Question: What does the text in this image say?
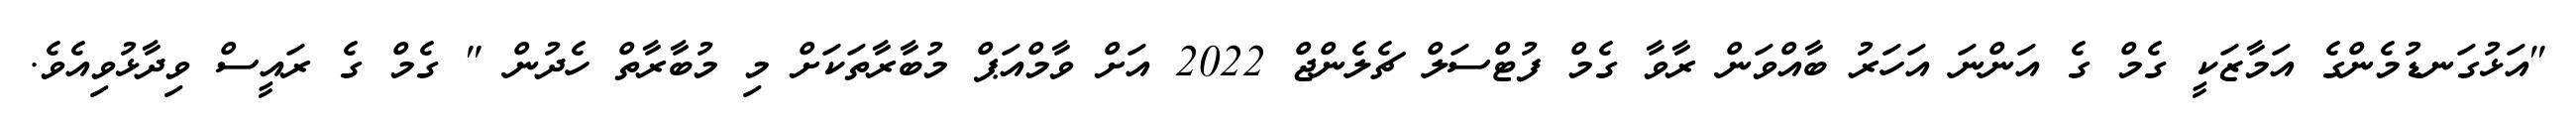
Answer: "އަޅުގަނޑުމެންގެ އަމާޒަކީ ގެމް ގެ އަންނަ އަހަރު ބާއްވަން ރާވާ ގެމް ފުޓްސަލް ޗެލެންޖް 2022 އަށް ވާމްއަޕް މުބާރާތަކަށް މި މުބާރާތް ހެދުން " ގެމް ގެ ރައީސް ވިދާޅުވިއެވެ.